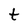
Character: t